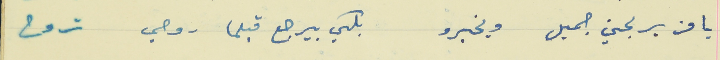
يا من يربحن جميل ويخبرو                               بلكي بيرجع قبلما روحي تروح